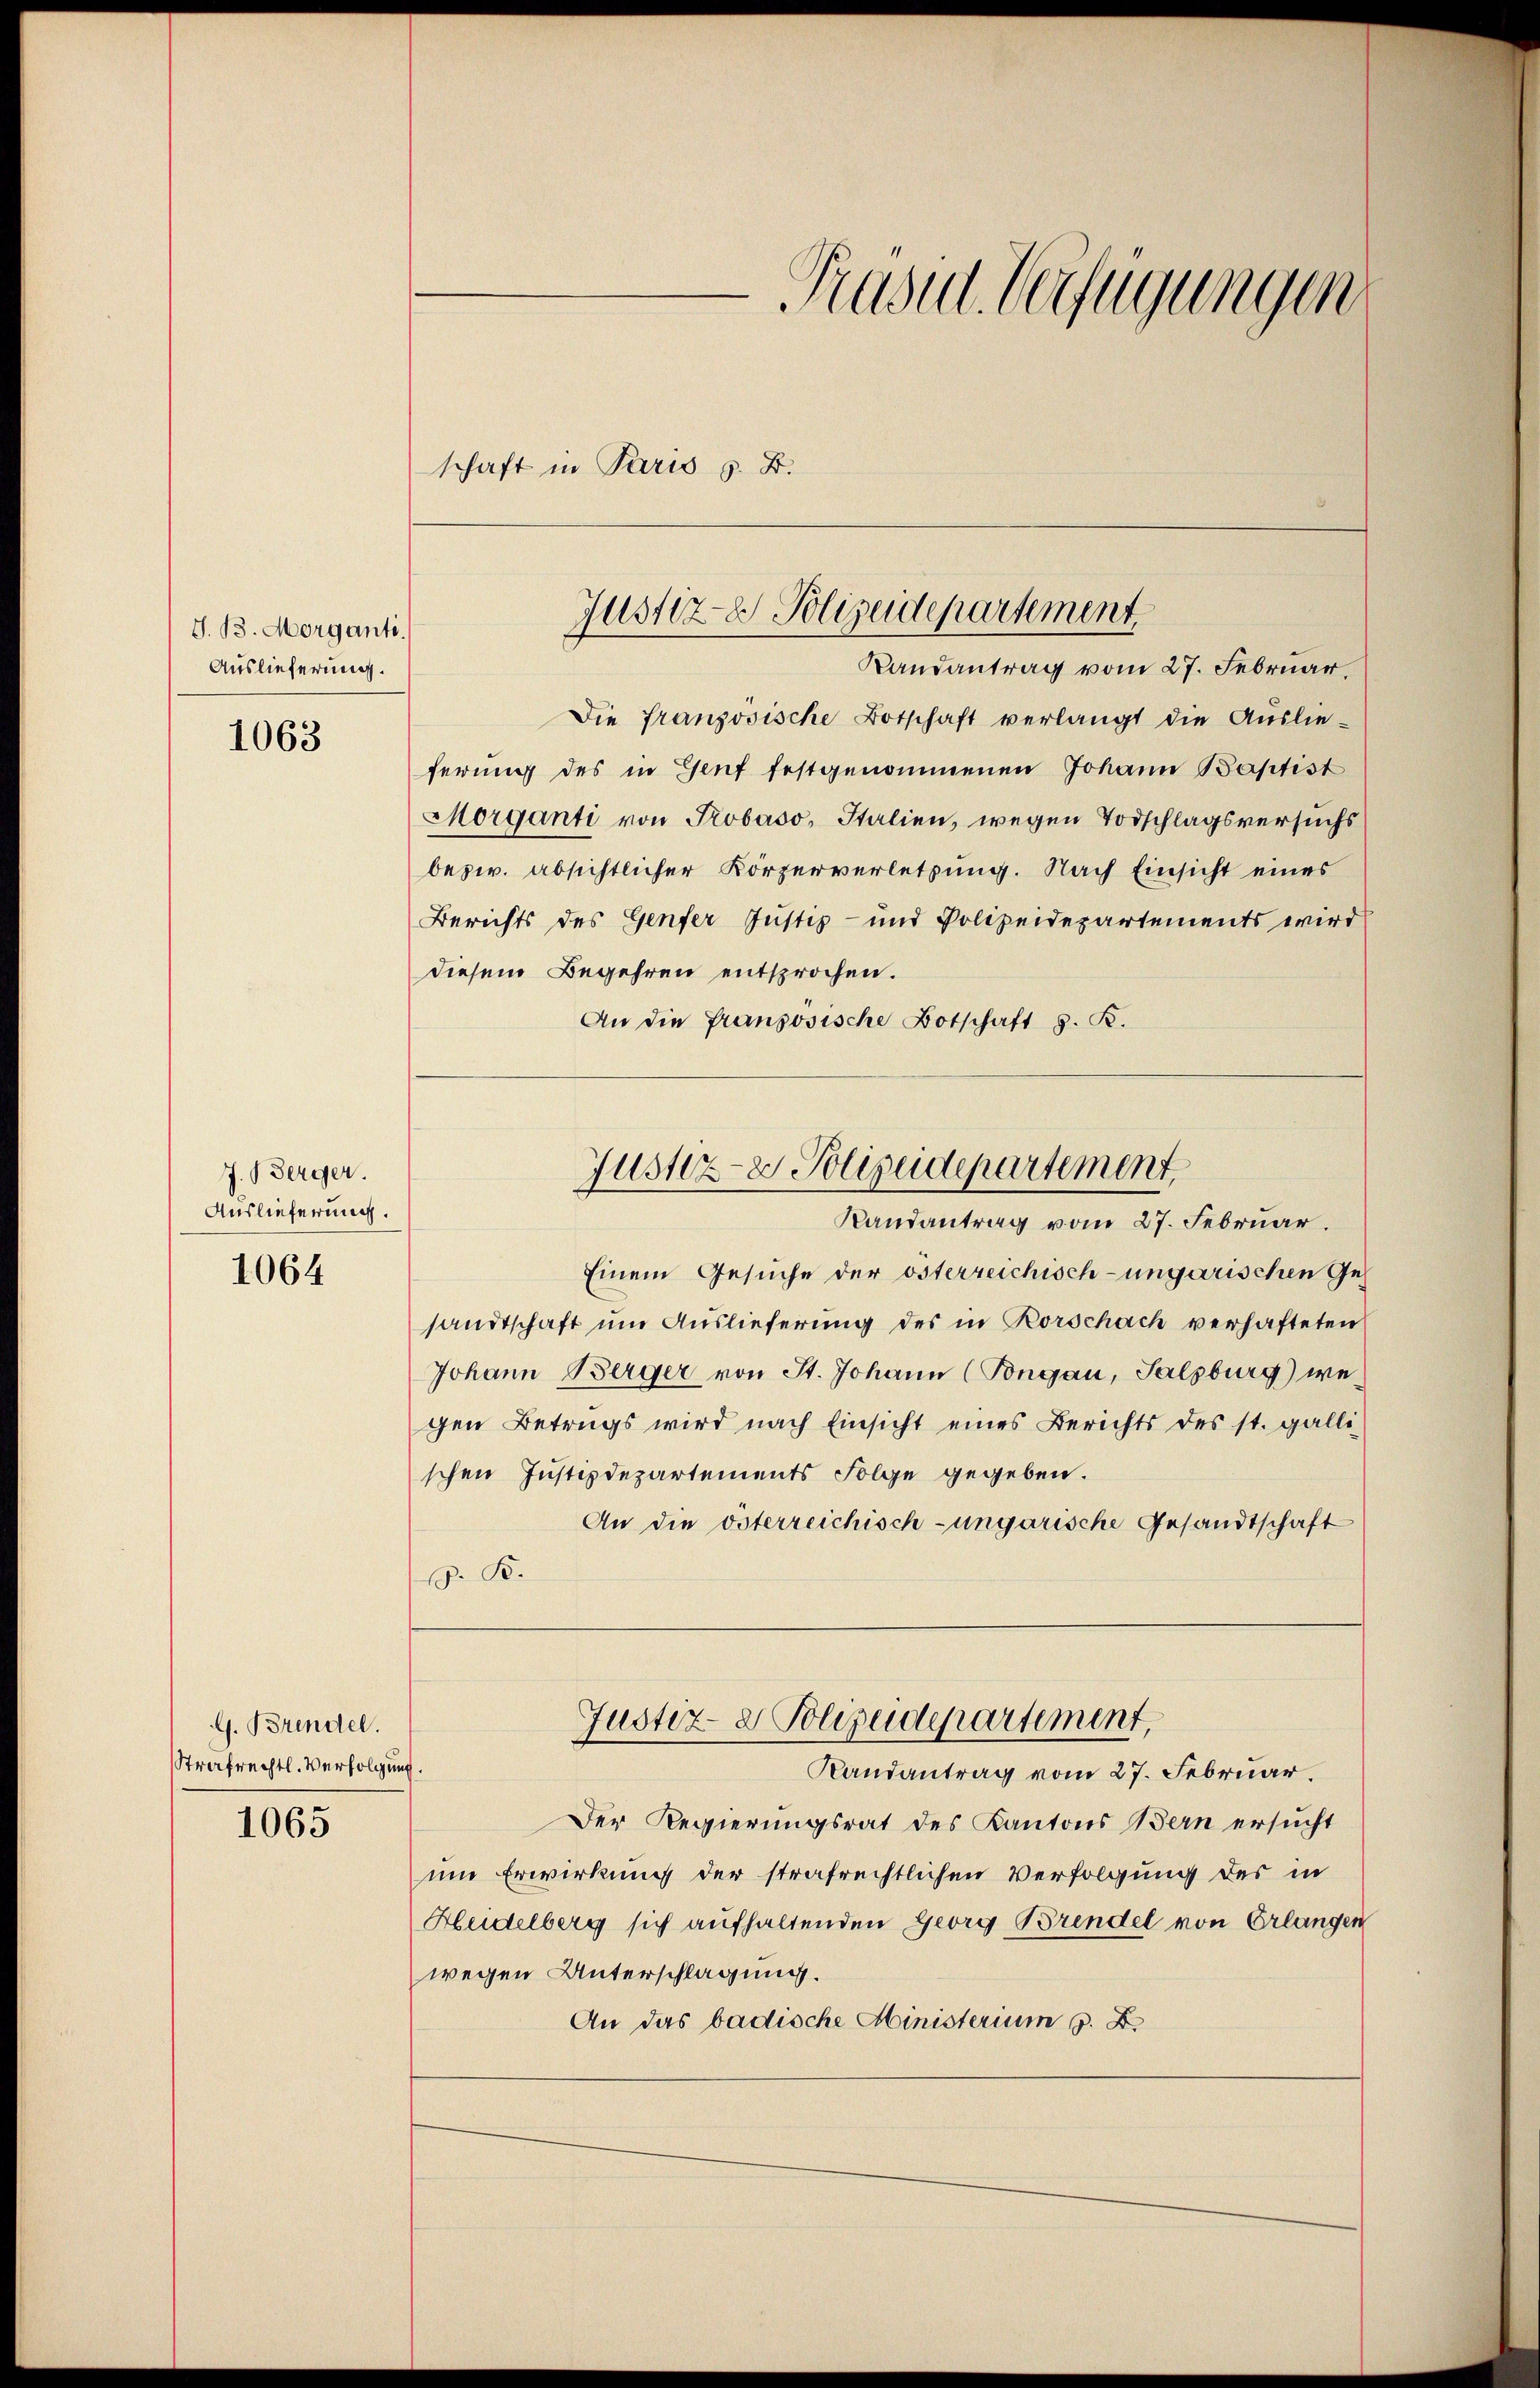
J. B. Morganti
Auslieferung.

1063

7. Berger.
Auslieferung.

1064

G. Brendel.
Strafrechtl. Verfolgung.

1065

Trasul Verfügungen
schaft in Paris s. B.

Justiz- & Polizeidepartement.
Randantrag vom 27. Februar,

Die französische Botschaft verlangt die Auslie-
ferung des in Genf festgenommenen Johann Baptist
Morganti von Trobaso, Italien, wegen Todschlagsversuchs
bezw. absichtlicher Körperverletzung. Nach Einsicht eines
Berichts des Genfer Justiz- und Polizeidepartements wird
diesem Begehren entsprochen.
An die französische Botschaft z. B.
Einem Gesuche der österreichisch-ungarischen Gesandtschaft um Auslieferung des in Rorschach verhafteten
Johann Berger von St. Johann (Pongau, Salzburg) wegen Betrags wird nach Einsicht eines Berichts des st. galli
schen Justizdepartements Folge gegeben.
An die österreichisch-ungarische Gesandtschaft
. B.
Justiz- & Polizeidepartement,
Randantrag vom 27. Februar.
Der Regierungsrat des Kantons Bern ersucht
um Erwirkung der strafrechtlichen Verfolgung des in
Heidelberg sich aufhaltenden Georg Brendel von Erlangen
wegen Unterschlagung.
An das badische Ministerium s. B.

Justiz- & Polizeidepartement
Randantrag vom 27. Februar.